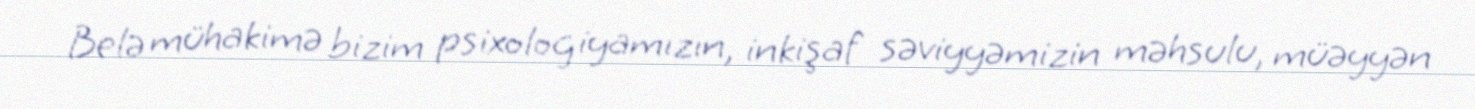
Belə mühakimə bizim psixologiyamızın, inkişaf səviyyəmizin məhsulu, müəyyən